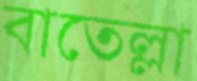
বাতেল্লা